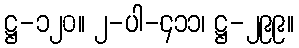
ဋ္ဌ-၁၂၀။ ၂-ပါ-၄၁၁၊ ဋ္ဌ-၂၉၉။